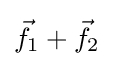
{\vec {f}}_{1}+{\vec {f}}_{2}